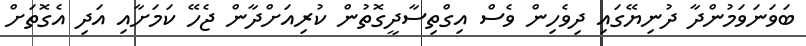
ބަވަނަވަމުންދާ ދުނިޔޭގައި ދިވެހިން ވެސް އިގްތިސާދީގޮތުން ކުރިއަށްދާން ޖެހޭ ކަމަށާއި އަދި އެގޮތަށް